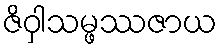
ဇိဝှါသမ္ဖဿဇာယ